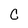
Character: C